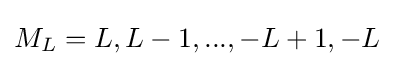
M_{L}=L,L-1,...,-L+1,-L